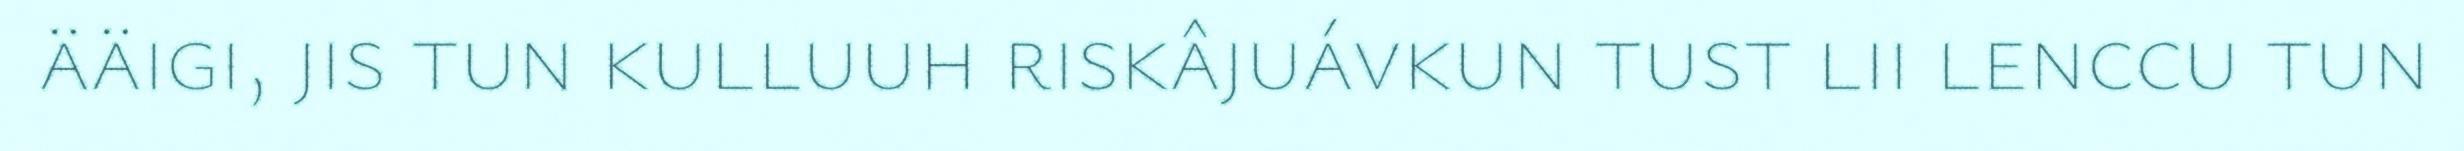
ääigi, jis tun kulluuh riskâjuávkun tust lii lenccu tun